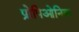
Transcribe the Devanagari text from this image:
प्रोपिओनिक